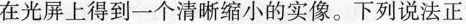
在光屏上得到一个清晰缩小的实像。下列说法正